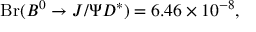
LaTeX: \mathrm { B r } ( { B } ^ { 0 } \to J / \Psi D ^ { * } ) = 6 . 4 6 \times 1 0 ^ { - 8 } ,